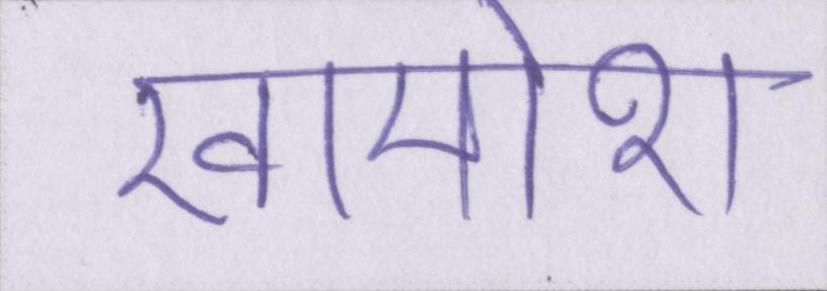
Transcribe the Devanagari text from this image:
खामोश